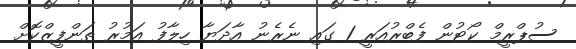
ސުޕްރީމް ކޯޓުން ފެބްރުއަރީ 1 ގައި ނެރެނު އާދަޔާ ހިލާފު އަމުރު ތަންފީޒްކޮށް